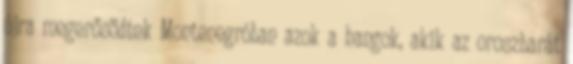
újra megerősödtek Montenegróban azok a hangok, akik az oroszbarát